Indian journal of veterinary science and animal husbandry - Volume 5,
Year: 1935
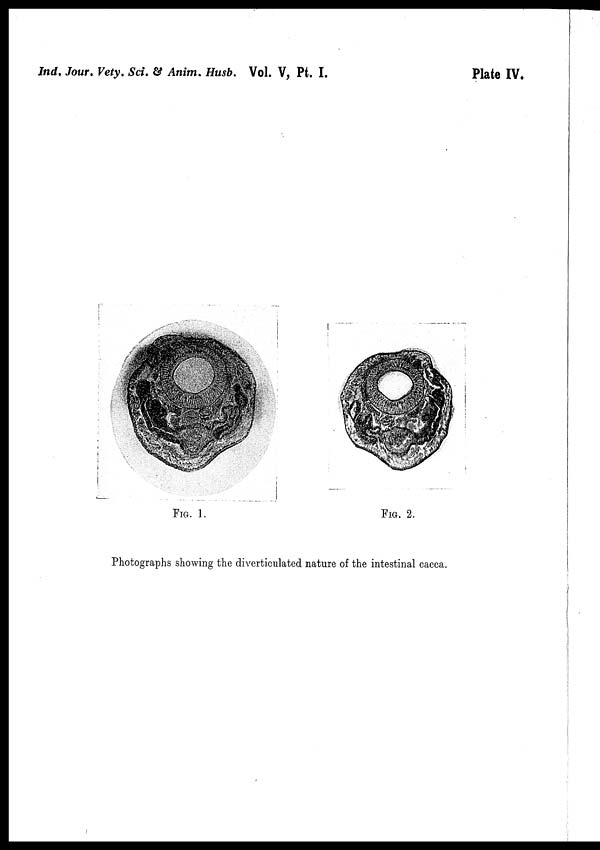
Ind, Jour. Vety. Sci. & Anim. Husb. Vol. V, Pt. I.
Plate IV.
FIG. 1.
FIG. 2.
Photographs showing the diverticulated nature of the intestinal cacca.